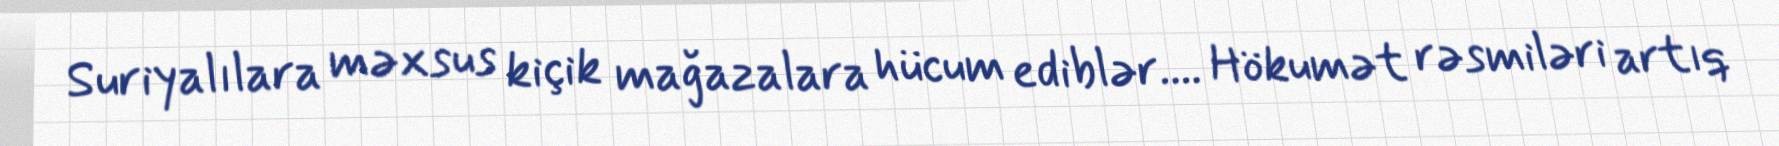
Suriyalılara məxsus kiçik mağazalara hücum ediblər.... Hökumət rəsmiləri artıq